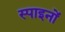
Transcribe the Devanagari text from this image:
स्पाइनों